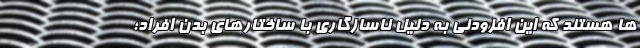
ها هستند که این افزودنی به دلیل ناسازگاری با ساختارهای بدن افراد؛